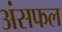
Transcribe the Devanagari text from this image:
अंसफल